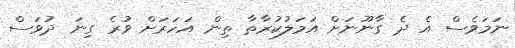
ނަމަވެސް އެ ދެ ގާނޫނަށް އަމަލުކުރާތާ ތިން އަހަރަށް ވުރެ ގިނަ ދުވަސް